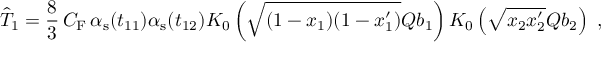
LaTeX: \hat { T } _ { 1 } = \frac { 8 } { 3 } \, C _ { \mathrm { F } } \, \alpha _ { \mathrm { s } } ( t _ { 1 1 } ) \alpha _ { \mathrm { s } } ( t _ { 1 2 } ) K _ { 0 } \left( \sqrt { ( 1 - x _ { 1 } ) ( 1 - x _ { 1 } ^ { \prime } ) } Q b _ { 1 } \right) K _ { 0 } \left( \sqrt { x _ { 2 } x _ { 2 } ^ { \prime } } Q b _ { 2 } \right) \; ,